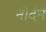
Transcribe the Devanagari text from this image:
नोर्दर्न